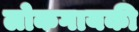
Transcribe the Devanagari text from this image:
लोकगायकी